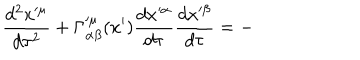
\frac { d ^ { 2 } x ^ { \prime \mu } } { d \tau ^ { 2 } } + \Gamma _ { \alpha \beta } ^ { \prime \mu } ( x ^ { \prime } ) \frac { d x ^ { \prime \alpha } } { d \tau } \frac { d x ^ { \prime \beta } } { d \tau } = -